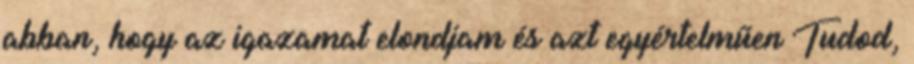
abban, hogy az igazamat elondjam és azt egyértelműen Tudod,